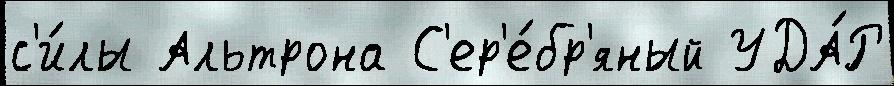
с'и́лы Альтрона С'ер'е́бр'яный УДА́Р